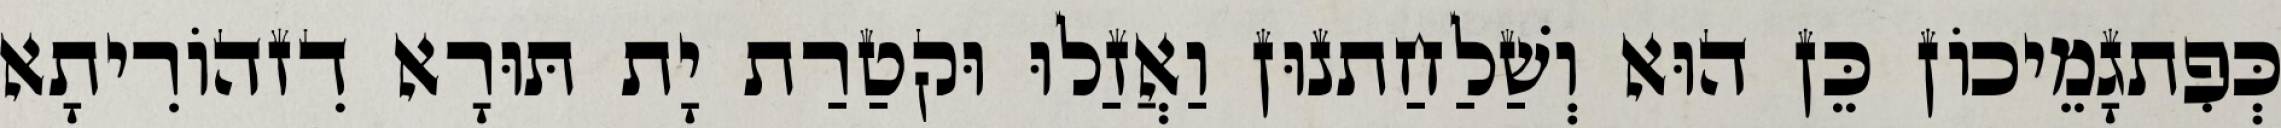
כְּפִתגָמֵיכוֹן כֵּן הוּא וְשַׁלַחַתנוּן וַאֲזַלוּ וּקטַרַת יָת תּוּרָא דִזהוֹרִיתָא